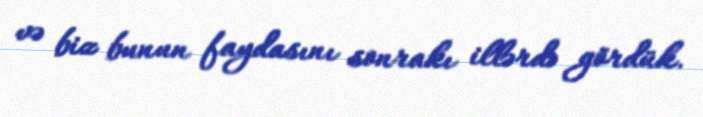
və biz bunun faydasını sonrakı illərdə gördük.